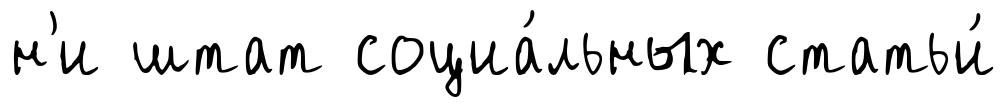
н'и штат социа́льных статьи́